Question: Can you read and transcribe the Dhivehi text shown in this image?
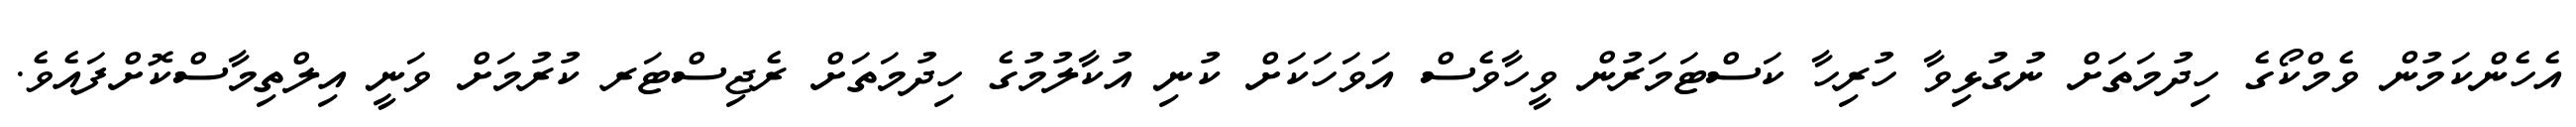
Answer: އެހެންކަމުން ވެމްކޯގެ ހިދުމަތަށް ނުގުޅިވާ ހުރިހާ ކަސްޓަމަރުން ވީހާވެސް އަވަހަކަށް ކުނި އުކާލުމުގެ ހިދުމަތަށް ރެޖިސްޓަރ ކުރުމަށް ވަނީ އިލްތިމާސްކޮށްފައެވެ.